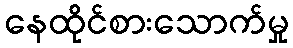
နေထိုင်စားသောက်မှု